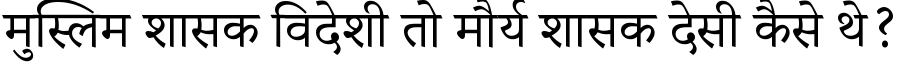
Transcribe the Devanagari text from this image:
मुस्लिम शासक विदेशी तो मौर्य शासक देसी कैसे थे?